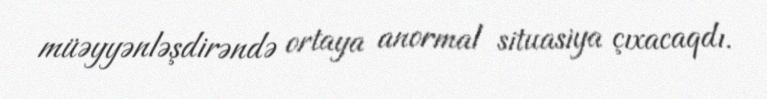
müəyyənləşdirəndə ortaya anormal situasiya çıxacaqdı.